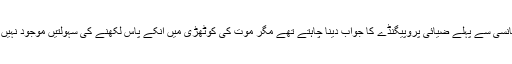
وہ پھانسی سے پہلے ضیائی پروپیگنڈے کا جواب دینا چاہتے تھے مگر موت کی کوٹھڑی میں انکے پاس لکھنے کی سہولتیں موجود نہیں تھیں۔